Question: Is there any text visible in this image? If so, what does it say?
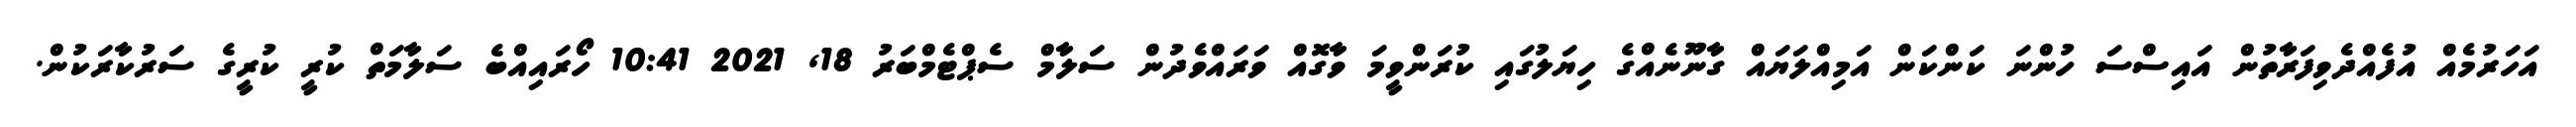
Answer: އަހަރުމެއް އުފެއްދެވިފަރާތުން އައިސްސަ ހުންނަ ކަންކަން އަމިއްލަޔައް ގާނޫނެއްގެ ހިޔަލުގައި ކުރަންވީމަ ވާގޮއް ވަރައްވެދުން ސަލާމް ސެޕްޓެމްބަރު 18, 2021 10:41 ހޯރައިއްބެ ސަލާމަތް ކުރީ ކުރީގެ ސަރުކާރަކުން.